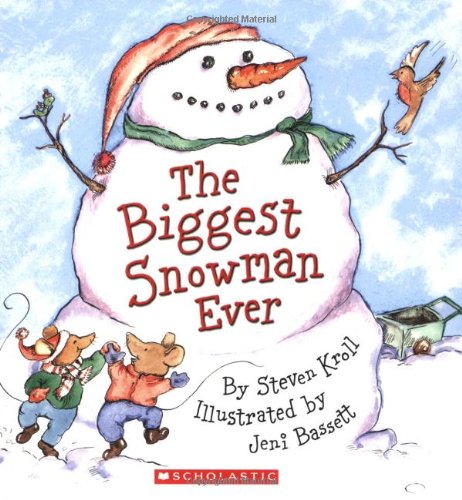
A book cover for The Biggest Snowman Ever; Steven Kroll; Children's Books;